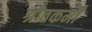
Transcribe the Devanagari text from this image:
श्रौतकर्मों